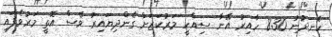
ހެނދުނު 8:30 ހާއިރު އޭނާ ސިއްހީ މަރުކަޒަށް ގެންދިޔައިރު ވެސް އޮތީ މަރުވެފައި